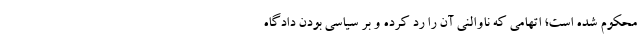
محکوم شده است؛ اتهامی که ناوالنی آن را رد کرده و بر سیاسی بودن دادگاه